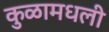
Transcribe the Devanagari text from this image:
कुळामधली